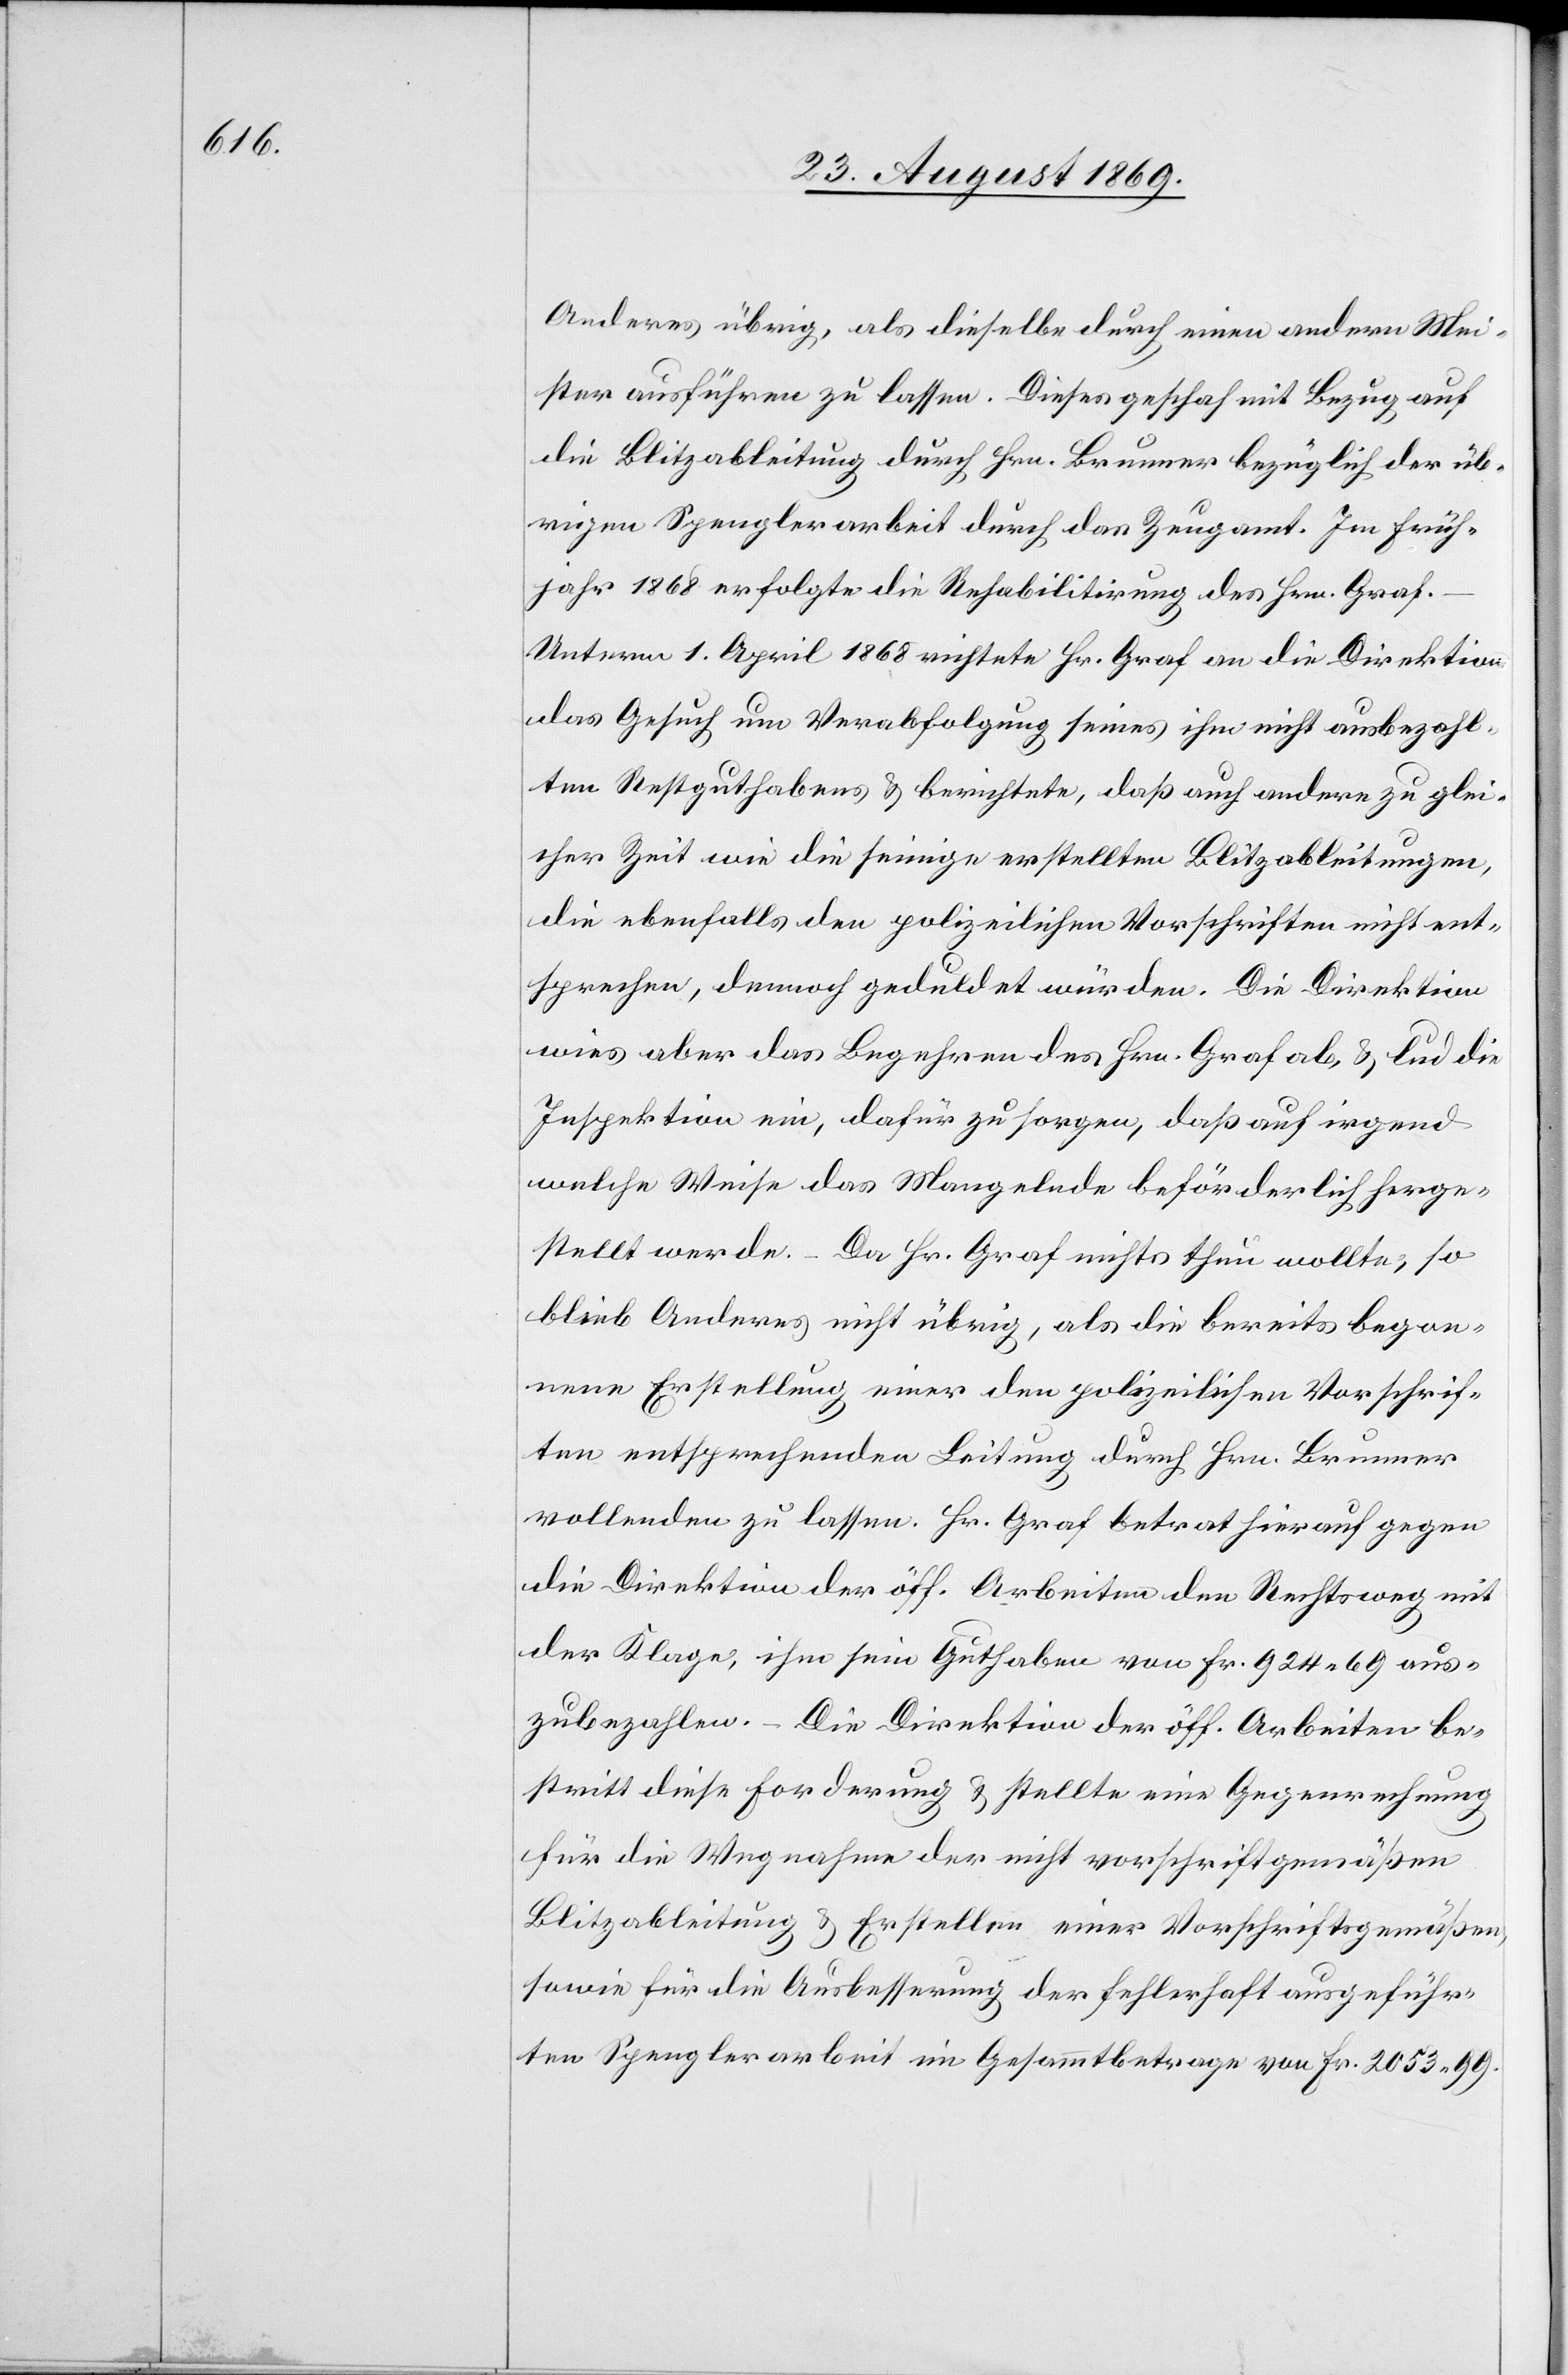
Anderes übrig, als dieselbe durch einen andern Mei¬
ster ausführen zu lassen. Dieses geschah mit Bezug auf
die Blitzableitung durch Hrn. Brunner bezüglich der üb¬
rigen Spenglerarbeit durch das Zeugamt. Im Früh¬
jahr 1868 erfolgte die Rehabilitirung des Hrn. Graf.
Unterm 1. April 1868 richtete Hr. Graf an die Direktion
das Gesuch um Verabfolgung seines ihm nicht ausbezahl¬
ten Restguthabens & berichtete, daß auch andere zu glei¬
cher Zeit wie die seinige erstellten Blitzableitungen,
die ebenfalls den polizeilichen Vorschriften nicht ent¬
sprechen, dennoch geduldet würden. Die Direktion
wies aber das Begehren des Hrn. Graf ab, & lud die
Inspektion ein, dafür zu sorgen, daß auf irgend
welche Weise das Mangelnde beförderlich herge¬
stellt werde. – Da Hr. Graf nichts thun wollte, so
blieb Anderes nicht übrig, als die bereits begon¬
nene Erstellung einer den polizeilichen Vorschrif¬
ten entsprechenden Leitung durch Hrn. Brunner
vollenden zu lassen. Hr. Graf betrat hierauf gegen
die Direktion der öff. Arbeiten den Rechtsweg mit
der Klage, ihm sein Guthaben von Fr. 924 69 aus¬
zubezahlen. – Die Direktion der öff. Arbeiten be¬
stritt diese Forderung & stellte eine Gegenrechnung
für die Wegnahme der nicht vorschriftgemäßen
Blitzableitung & Erstellen einer Vorschriftsgemäßen,
sowie für die Ausbesserung der fehlerhaft ausgeführ¬
ten Spenglerarbeit im Gesammtbetrage von Fr. 2053 99.